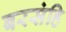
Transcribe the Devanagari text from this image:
बरसंहि